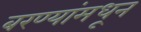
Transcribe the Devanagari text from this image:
बरण्यांमधून